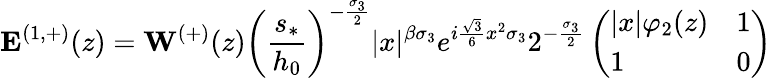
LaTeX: \mathbf{E}^{(1,+)}(z)=\mathbf{W}^{(+)}(z)\left(\frac{s_{*}}{h_{0}}\right)^{-\frac{\sigma_{3}}{2}}|x|^{{\beta}\sigma_{3}}e^{i\frac{\sqrt{3}}{6}x^{2}\sigma_{3}}2^{-\frac{\sigma_{3}}{2}}\left(\begin{array}{ll}{|x|\varphi_{2}(z)}&{1}\\ {1}&{0}\end{array}\right)